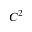
C ^ { 2 }